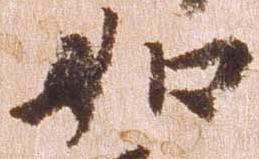
如